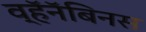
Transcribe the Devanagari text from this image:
व्हॅनॅबिनस